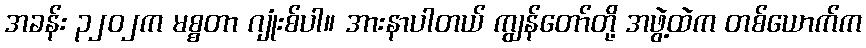
အခန်း ၃၂၀၂က မစ္စတာ ဂျုံးစ်ပါ။ အားနာပါတယ် ကျွန်တော်တို့ အဖွဲ့ထဲက တစ်ယောက်က